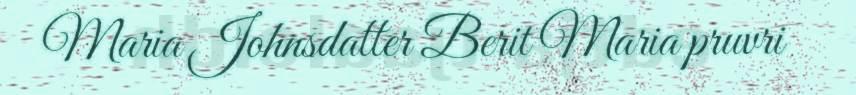
Maria Johnsdatter Berit Maria pruvri